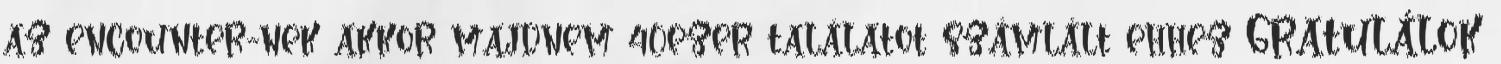
az encounter-nek akkor majdnem 40ezer találatot számlált ehhez GRATULÁLOK